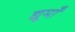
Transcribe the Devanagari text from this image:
द्यूमाँ